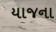
યાજના